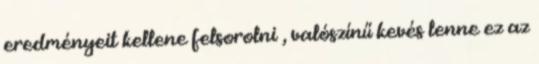
eredményeit kellene felsorolni , valószínű kevés lenne ez az